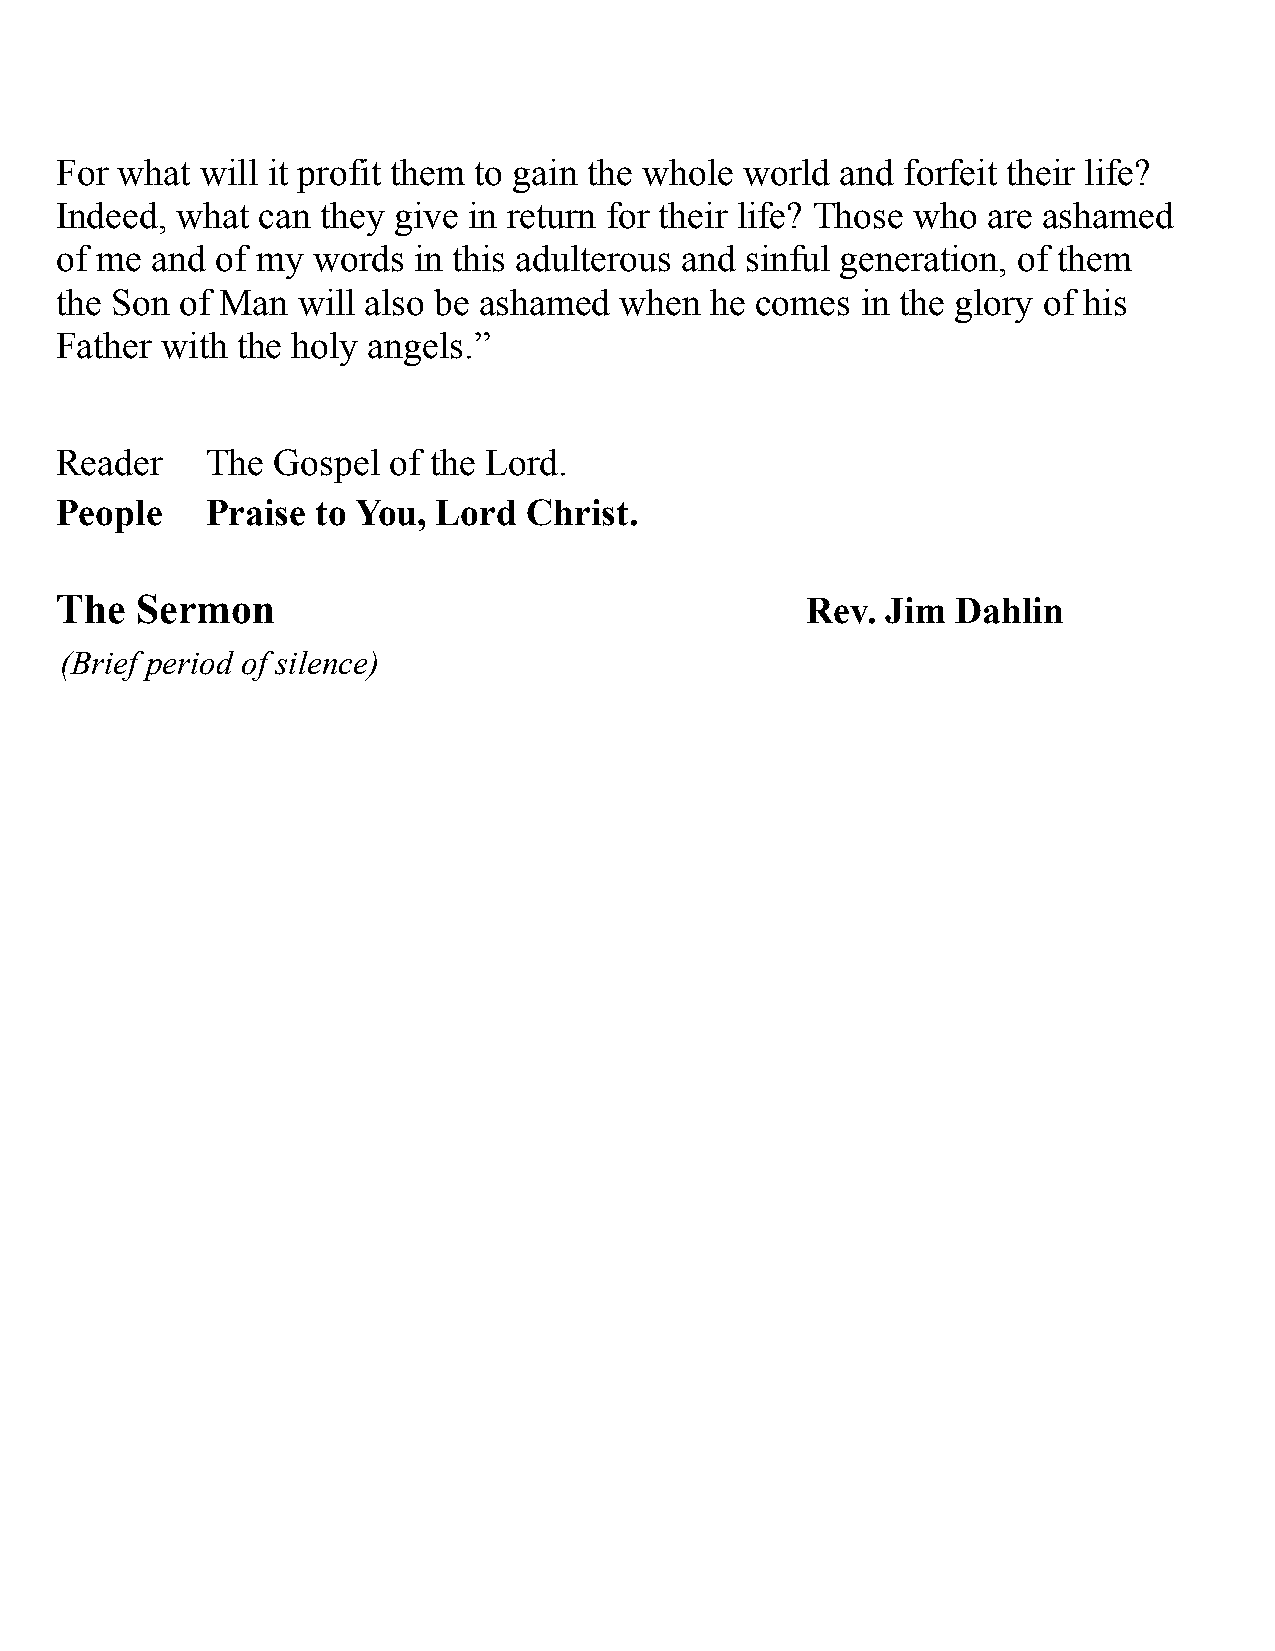
For what will it profit them to gain the whole world and forfeit their life?
 Indeed, what can they give in return for their life? Those who are ashamed
 of me and of my  words in this adulterous and sinful generation, of them
 the Son of Man  will also be ashamed when  he comes  in the glory of his
 Father with the holy angels.”
 Reader    The Gospel  of the Lord.
 People    Praise to You, Lord  Christ.
 The  Sermon                                      Rev.  Jim Dahlin
 (Brief period of silence)